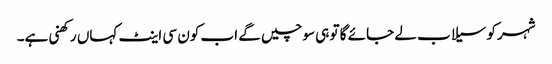
شہر کو سیلاب لے جائے گا تو ہی سوچیں گے اب کون سی اینٹ کہاں رکھنی ہے۔